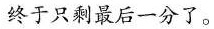
终于只剩最后一分了。